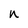
Character: n